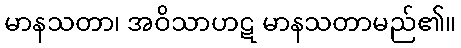
မာနသတာ၊ အဝိသာဟဋ မာနသတာမည်၏။